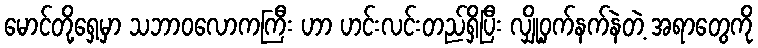
မောင်တို့ရှေ့မှာ သဘာဝလောကကြီး ဟာ ဟင်းလင်းတည်ရှိပြီး လျှို့ဝှက်နက်နဲတဲ့ အရာတွေကို